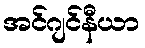
အင်ဂျင်နီယာ